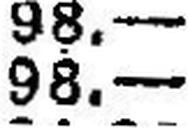
98.—